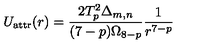
U _ { \mathrm { a t t r } } ( r ) = \frac { 2 T _ { p } ^ { 2 } \Delta _ { m , n } } { ( 7 - p ) \Omega _ { 8 - p } } \frac { 1 } { r ^ { 7 - p } }